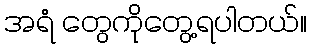
အရံ တွေကိုတွေ့ရပါတယ်။